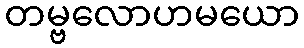
တမ္ဗလောဟမယော